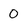
Character: 0